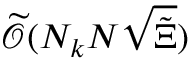
\widetilde { \mathcal { O } } ( N _ { k } N \sqrt { \tilde { \Xi } } )